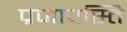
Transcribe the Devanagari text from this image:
प्रजापस्ति